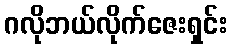
ဂလိုဘယ်လိုက်ဇေးရှင်း